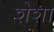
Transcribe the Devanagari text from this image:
शेशा